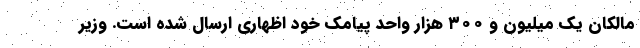
مالکان یک میلیون و ۳۰۰ هزار واحد پیامک خود اظهاری ارسال شده است. وزیر